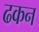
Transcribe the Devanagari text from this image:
ढकन